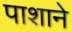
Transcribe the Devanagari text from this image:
पाशाने